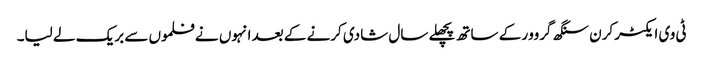
ٹی وی ایکٹر کرن سنگھ گروور کے ساتھ پچھلے سال شادی کرنے کے بعد انہوں نے فلموں سے بریک لے لیا۔